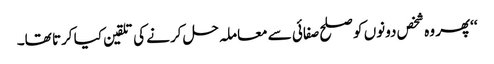
‘‘پھر وہ شخص دونوں کو صلح صفائی سے معاملہ حل کرنے کی تلقین کیا کرتا تھا۔